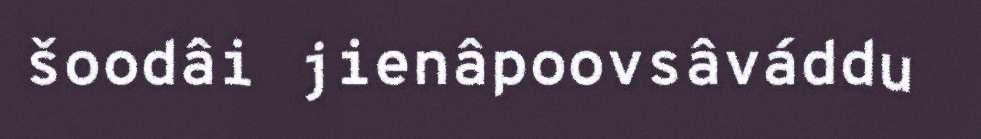
šoodâi jienâpoovsâváddu